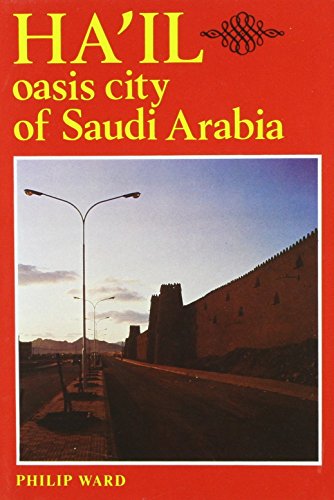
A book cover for Ha'il: Oasis City of Saudi Arabia; Philip Ward; Travel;